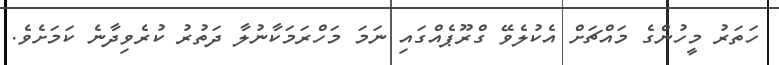
ހަތަރު މީހުންގެ މައްޗަށް އެކުލެވޭ ގްރޫޕެއްގައި ނަމަ މަހްރަމަކާނުލާ ދަތުރު ކުރެވިދާނެ ކަމަށެވެ.